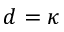
d = \kappa